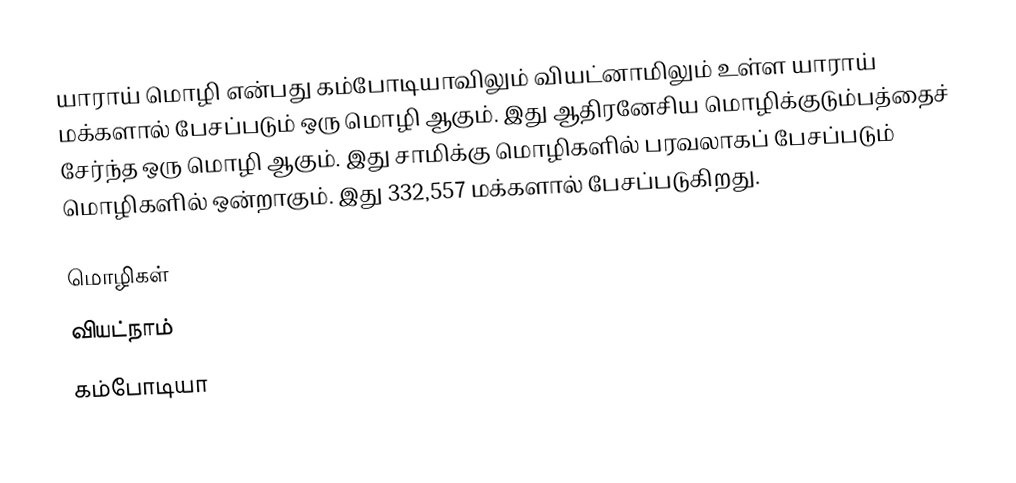
யாராய் மொழி என்பது கம்போடியாவிலும் வியட்னாமிலும் உள்ள யாராய் மக்களால் பேசப்படும் ஒரு மொழி ஆகும். இது ஆதிரனேசிய மொழிக்குடும்பத்தைச் சேர்ந்த ஒரு மொழி ஆகும். இது சாமிக்கு மொழிகளில் பரவலாகப் பேசப்படும் மொழிகளில் ஒன்றாகும். இது 332,557 மக்களால் பேசப்படுகிறது.

மொழிகள்
வியட்நாம்
கம்போடியா